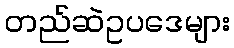
တည်ဆဲဥပဒေများ